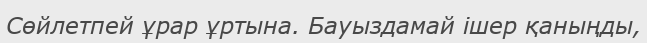
Сөйлетпей ұрар ұртына. Бауыздамай ішер қаныңды,